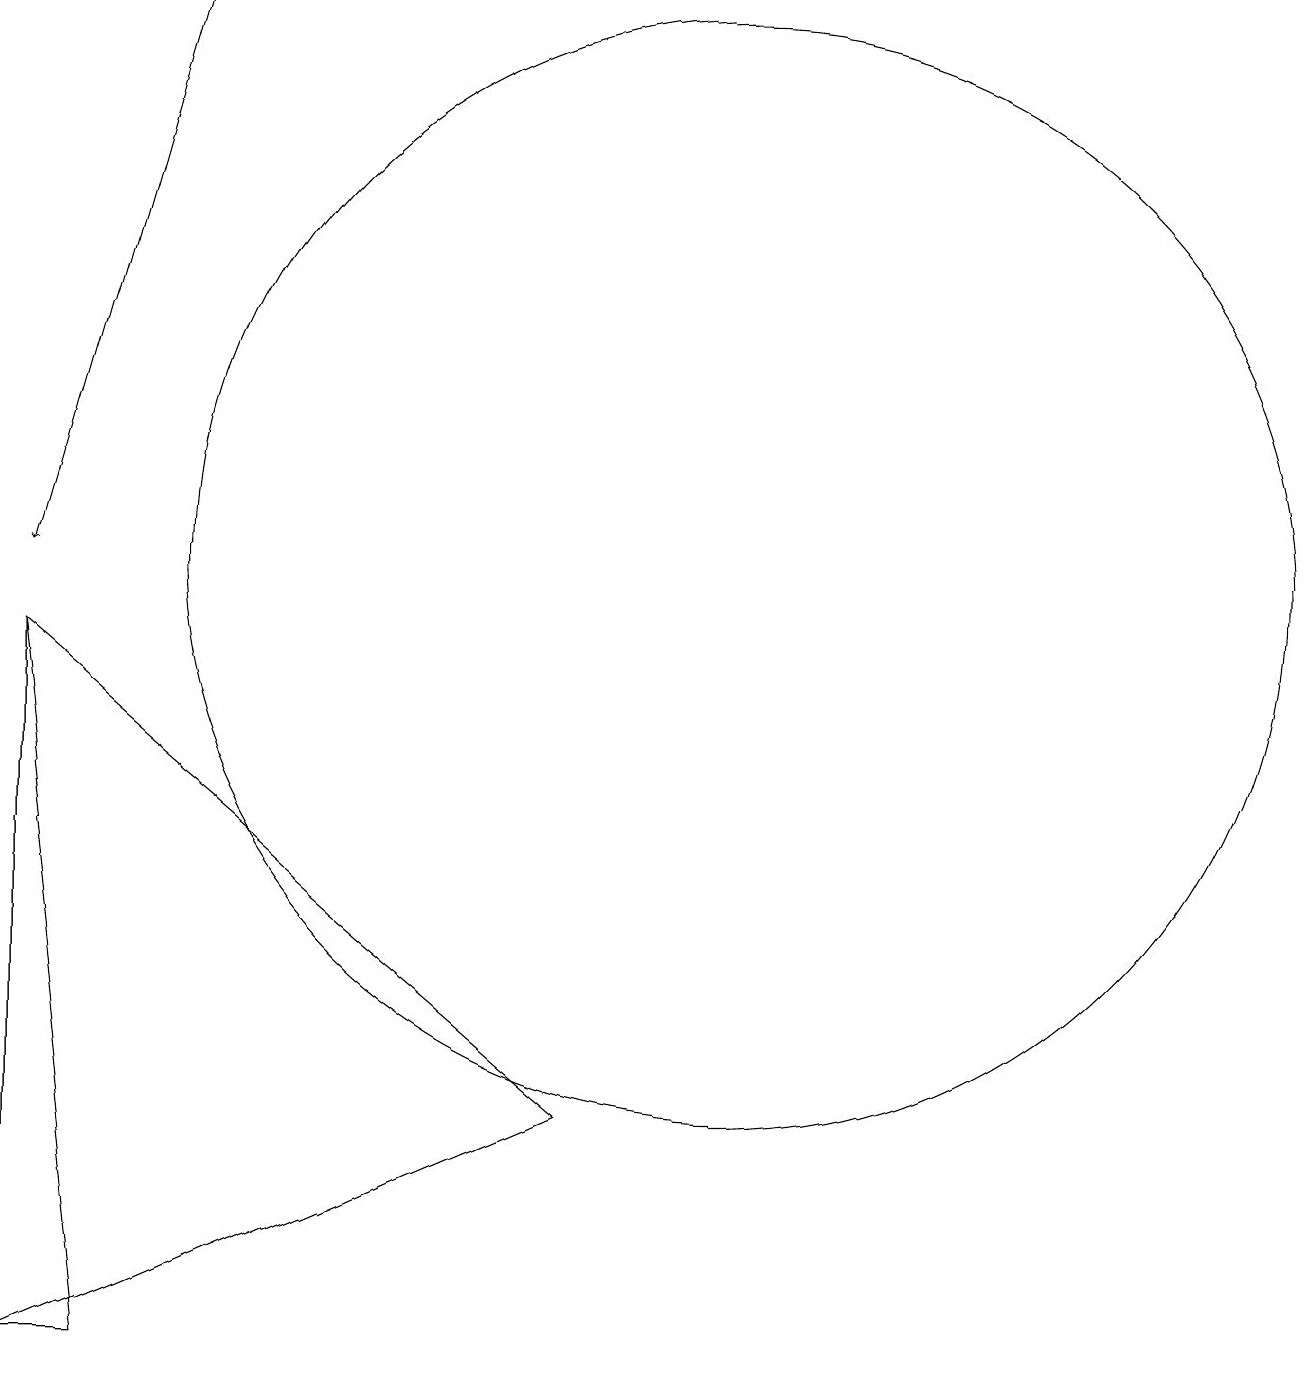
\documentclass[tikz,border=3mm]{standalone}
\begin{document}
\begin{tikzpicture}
\draw (2,0) -- (2,9) -- (3,0) -- cycle;
\draw (11,10) circle (7);
\draw (9,3) -- (2,0) -- (2,9) -- cycle;
\draw (11,12) circle (0);
\draw[->] (4,17) -- (2,10);
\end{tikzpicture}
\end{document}